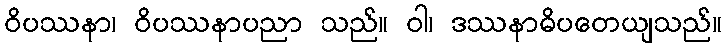
ဝိပဿနာ၊ ဝိပဿနာပညာ သည်။ ဝါ၊ ဒဿနာဓိပတေယျသည်။